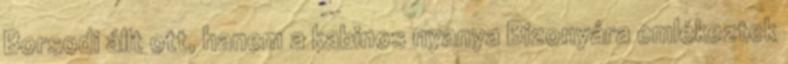
Borsodi állt ott, hanem a kabinos nyanya Bizonyára emlékeztek